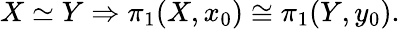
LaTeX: X\simeq Y\Rightarrow\pi_{1}(X,x_{0})\cong\pi_{1}(Y,y_{0}).